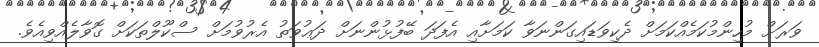
ވަރަށް މުހިންމުކަމެއްކަމަށް ދެކިވަޑައިގަންނަވާ ކަމަށާއި އެފަދަ ބޭފުޅުންނަށް ދަޢުވަތު އެރުވުމަށް ސްކޫލްތަކަށް ގޮވާލެއްވިއެވެ.